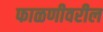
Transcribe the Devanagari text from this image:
फाळणीवरील